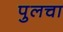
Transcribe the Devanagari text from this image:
पुलचा